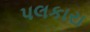
પલકારા